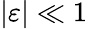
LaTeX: \vert\varepsilon\vert\ll 1